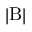
| \mathrm { B } |